Vaccine operations Central Provinces 1900-1911 - 1900-1911
Year: 1900
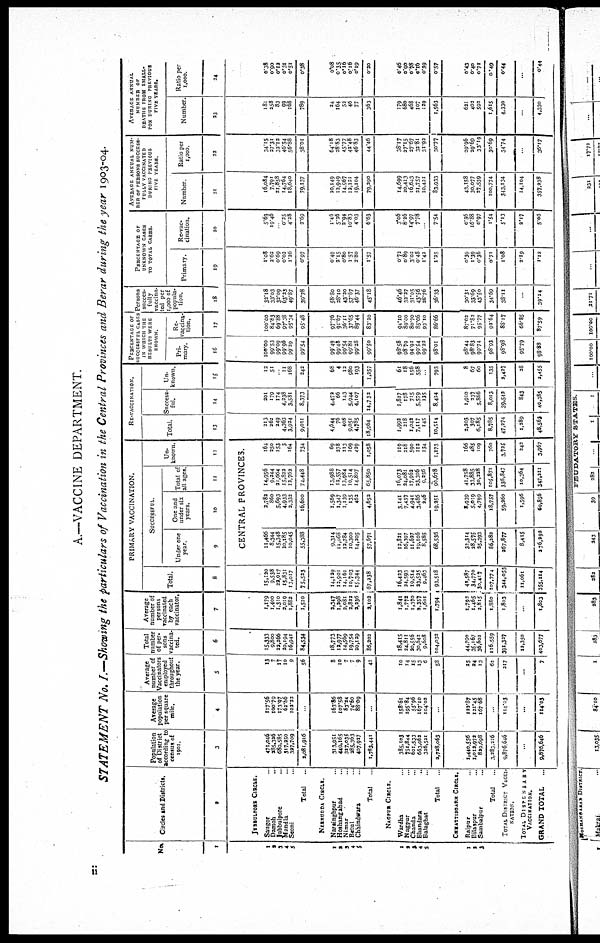
A.—VACCINE DEPARTMENT.
STATEMENT No. I.—Showing the particulars of Vaccination in the Central Provinces and Berar during the year 1903-04.
No.
1
1
2
3
4
5
1
2
3
4
5
1
2
3
4
5
1
2
3
Circles and Districts.
2
JUBBULPORE CIRCLE.
Saugor ...
Damoh ...
Jubbulpore ...
Mandla ...
Seoni ...
Total
..
NERSUDDA CIRCLE.
Narsinghpur ...
Hoshangabad ...
Nimar ...
Betul ...
Chhindwara ...
Total ...
NAGPUR CIRCLE.
Wardha ...
Nagpur ...
Chanda ...
Bhandara ...
Balaghat ...
Total ...
CHHATTISGARH CIRCLE.
Raipur ...
Bilaspur ...
Sambalpur ...
Total
...
TOTAL DISTRICT VACCI¬
NATION.
TOTAL DISPENSARY
VACCINATION.
GRAND TOTAL
...
Population
of District
according to
census of
1901.
3
471,046
285,326
680,585
317,250
327,709
2,081,916
313,951
449,165
327,035
285,363
407,927
1,783,441
385,103
751,844
601,533
663,062
326,521
2,728,063
1,440,556
1,012,972
829,698
3,283,226
9,876,646
...
9,876,646
Average
population
per square
mile.
4
117.56
100.79
173.97
62.86
102.22
...
163.86
107.58
83.24
74.60
88.09
...
158.61
195.84
55.96
167.10
104.02
122.87
121.45
167.68
114.03
...
114.03
Average
number of
Vaccinators
employed
throughout
the year.
5
13
7
17
10
9
56
8
10
7
7
9
41
10
14
15
13
6
58
25
24
13
63
317
...
7
Total
number
of per¬
sons
vaccina-
ted.
6
15,333
9,800
22,266
20,194
16,941
84,534
18,773
12,977
14,569
19,754
20,129
86,202
18,415
24,811
20,556
30,642
9,608
104,032
44,790
35,167
36,602
116,559
391,327
12,350
403,677
Average
number of
persons
vaccinated
by each
vaccinator.
7
1,179
1,400
1,310
2,019
1,882
1,510
2,347
1,298
2,081
2,822
2,236
2,102
1,841
1,772
1,370
2,357
1,601
1,794
1,792
1,465
2,815
1,880
1,803
...
1,803
PRIMARY VACCINATION.
Total.
8
15,120
9,538
22,017
15,831
13,017
75,523
14,129
12,901
14,161
10,703
15,344
67,238
16,423
24,593
19,514
23,525
9,463
93,518
41,587
34,770
30,417
107,774
344,053
11,061
355,114
SUCCESSFUL.
Under one
year
9
One and
under six
years.
10
Total of
all ages.
11
Un-
known.
12
CENTRAL PROVINCES.
11,466
8,344
15,348
10,185
10,045
55,388
9,314
11,068
12,784
10,300
14,205
57,671
12,821
16,397
11,627
19,106
8,585
68,536
32,314
28,575
25,393
86,282
267,877
8,415
276,292
2,782
860
5,693
4,933
2,332
16,600
1,569
1,347
1,139
135
462
4,652
3,141
7,437
4,941
3,486
246
19,251
8,939
5,019
4,799
18,757
59,360
1,596
60,856
14,956
9,244
21,664
15,822
12,762
74,448
13,988
12,557
13,984
10,514
14,807
65,850
16,073
24,081
17,962
23,306
9,256
90,678
41,758
33,885
30,228
105,871
336,847
10,364
347,211
164
250
153
3
164
734
69
278
113
169
429
1,058
119
218
590
112
134
1,173
166
485
109
760
3,725
242
3,967
RE-VACCINATION.
Total.
13
213
262
249
4,363
3,924
9,011
4,644
76
408
9,051
4,785
18,964
1,992
218
1,042
7,117
145
10,514
2,203
397
6,185
8,785
47,274
1,289
48,563
Success-
ful.
14
201
179
174
4,238
3,581
8,373
4,472
66
143
5,944
4,107
14,732
1,817
178
715
5,579
135
8,424
1,910
237
5,866
8,013
39,542
843
40,385
Un¬
known.
15
12
51
... 11
168
242
68
4
12
980
193
1,257
61
18
156
558
...
793
8
67
60
135
2,427
28
2,455
PERCENTAGE OF
SUCCESSFUL CASES
IN WHICH THE
RESULTS WERE
KNOWN.
Pri¬
mary
16
100.00
99.53
99.09
99.96
99.29
99.54
99.49
99.48
99.54
99.81
99.28
99.50
98.58
98.79
94.92
99.54
99.22
98.01
98.44
98.83
99.74
98.93
98.98
95.79
98.88
Re¬
vaccina¬
tion.
17
100.00
84.83
69.88
97.38
95.34
95.48
97.76
91.67
36.11
37.65
89.44
83.20
94.10
89.00
80.70
85.06
93.10
86.66
87.02
71.82
95.77
92.64
88.17
66.85
87.59
Persons
succes¬
fully
vaccina¬
ted per
1,000 of
popula-
tion.
18
32.18
33.03
32.09
63.23
49.87
39.78
58.80
28.10
43.20
57.67
46.37
45.18
46.46
32.27
31.05
43.56
28.76
36.33
30.31
33.69
43.50
34.69
38.11
39.24
PERCENTAGE OF
UNKNOWN CASES
TO TOTAL CASES.
Primary.
19
1.08
2.62
0.69
0.02
1.26
0.97
0.49
2.15
0.80
1.57
2.80
1.57
0.72
0.89
3.02
0.48
1.42
1.25
0.39
1.39
0.36
0.71
1.08
2.19
1.12
Re-vac¬
cination.
20
5.63
19.46
... 0.25
4.28
2.69
1.46
5.26
2.94
10.83
4.03
6.63
3.06
8.26
14.97
7.78
...
7.54
0.36
16.88
0.97
1.54
5.13
2.17
5.06
AVERAGE ANNUAL NUM-
--- OF PERSONS SUCCESS-
FULLY VACCINATED
DURING PREVIOUS
FIVE YEARS
Number.
21
16,084
7,791
21,858
14,764
18,640
79,137
20,149
12,949
14,967
12,121
19,104
79,290
14,699
20,413
16,643
21,757
10,421
83,933
41,158
30,077
27,539
100,774
343,134
14,104
357,238
Ratio per
1,000
22
14.15
27.31
33.12
46.54
56.88
38.01
64.18
28.83
45.77
42.48
46.83
44.46
38.17
27.15
27.67
32.81
31.92
30.77
29.96
29.69
33.19
30.69
34.74
36.17
AVERAGE ANNUAL
NUMBER OF
DEATHS FROM SMALL-
POX DURING PREVIOUS
FIVE YEARS.
Number.
23
181
258
83
99
168
789
24
164
52
46
77
363
179
680
468
107
129
1,563
621
402
592
1,615
4,330
...
4,330
Ratio per
1,000.
24
0.38
0.90
0.12
0.31
0.51
0.38
0.08
0.35
0.16
0.16
0.19
0.20
0.46
0.90
0.78
0.16
0.39
0.57
0.43
0.40
0.71
0.49
0.44
...
0.44
ii